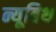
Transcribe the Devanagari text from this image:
न्यूबिथ